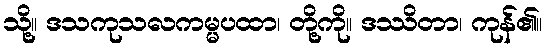
သို့။ ဒသကုသလကမ္မပထာ၊ တို့ကို။ ဒဿိတာ၊ ကုန်၏။